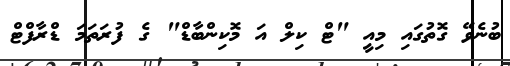
ބުނެވޭ ގޮތުގައި މިއީ "ޓް ކިލް އަ މޮކިންބާޑް" ގެ ފުރަތަމަ ޑްރާފްޓް